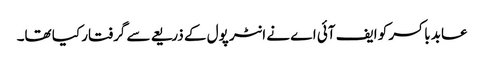
عابد باکسر کو ایف آئی اے نے انٹر پول کے ذریعے سے گرفتار کیا تھا۔